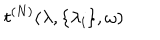
LaTeX: t ^ { ( N ) } ( \lambda , \{ \lambda _ { i } \} , \omega )